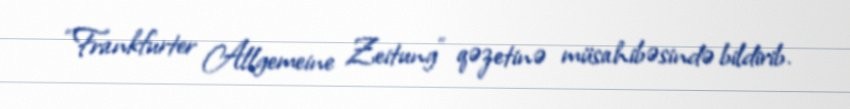
“Frankfurter Allgemeine Zeitung” qəzetinə müsahibəsində bildirib.